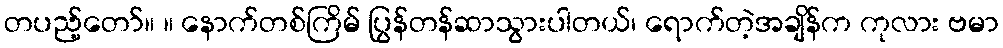
တပည့်တော်။ ။ နောက်တစ်ကြိမ် ပြွန်တန်ဆာသွားပါတယ်၊ ရောက်တဲ့အချိန်က ကုလား ဗမာ